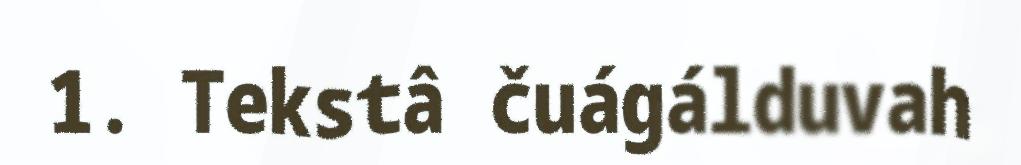
1. Tekstâ čuágálduvah